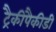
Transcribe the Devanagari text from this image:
ट्रैकीपैकीडी